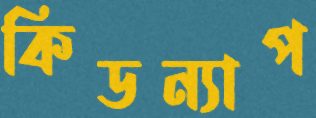
কিডন্যাপ